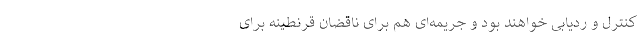
کنترل و ردیابی خواهند بود و جریمه‌ای هم برای ناقضان قرنطینه برای